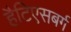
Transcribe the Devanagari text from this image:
हैटिएसबर्ग